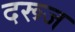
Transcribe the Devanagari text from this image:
दरूज